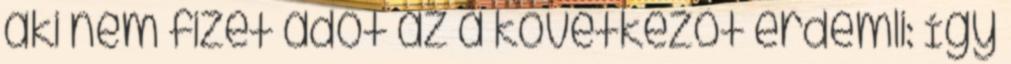
aki nem fizet adót az a következőt érdemli: Így